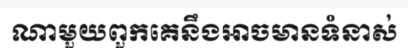
ណាមួយពួកគេនឹងអាចមានទំនាស់